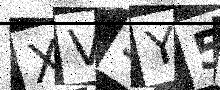
Text: XVSY5V